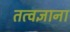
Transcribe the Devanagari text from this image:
तत्वज्ञाना